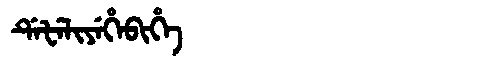
Manchu: ᡩᡝᡶᡝᠯᡳᠶᡝᡥᡝᠪᡳᡥᡝ
Romanization: DEFELIYEHEBIHE